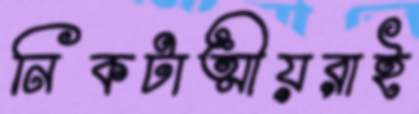
নিকটাত্মীয়রাই